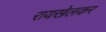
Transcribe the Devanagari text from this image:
रायखेलकर